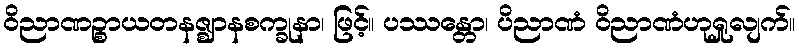
ဝိညာဏဉ္စာယတနဇ္ဈာနစက္ခုနာ၊ ဖြင့်။ ပဿန္တော၊ ပိညာဏံ ဝိညာဏံဟုရှုလျက်။